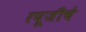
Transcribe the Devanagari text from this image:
रघूजीचे